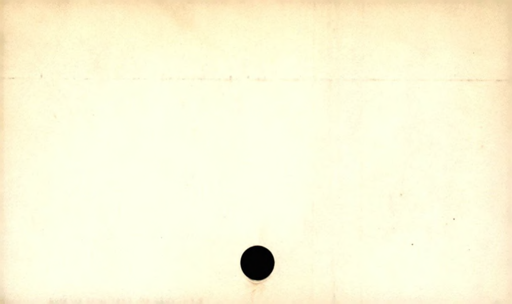
Label: divider